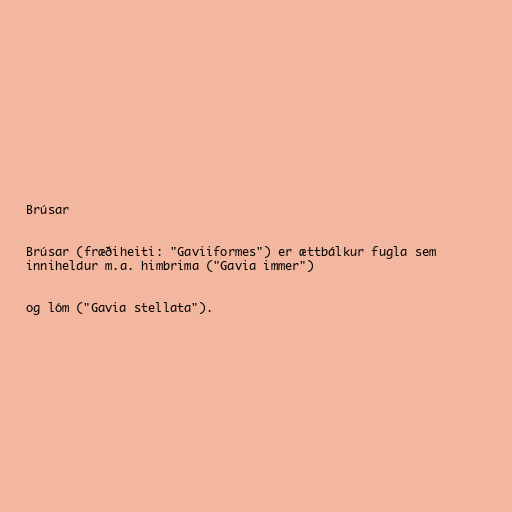
Brúsar

Brúsar (fræðiheiti: "Gaviiformes") er ættbálkur fugla sem
inniheldur m.a. himbrima ("Gavia immer")

og lóm ("Gavia stellata").